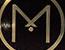
m